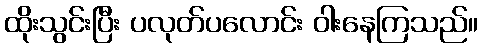
ထိုးသွင်းပြီး ပလုတ်ပလောင်း ဝါးနေကြသည်။